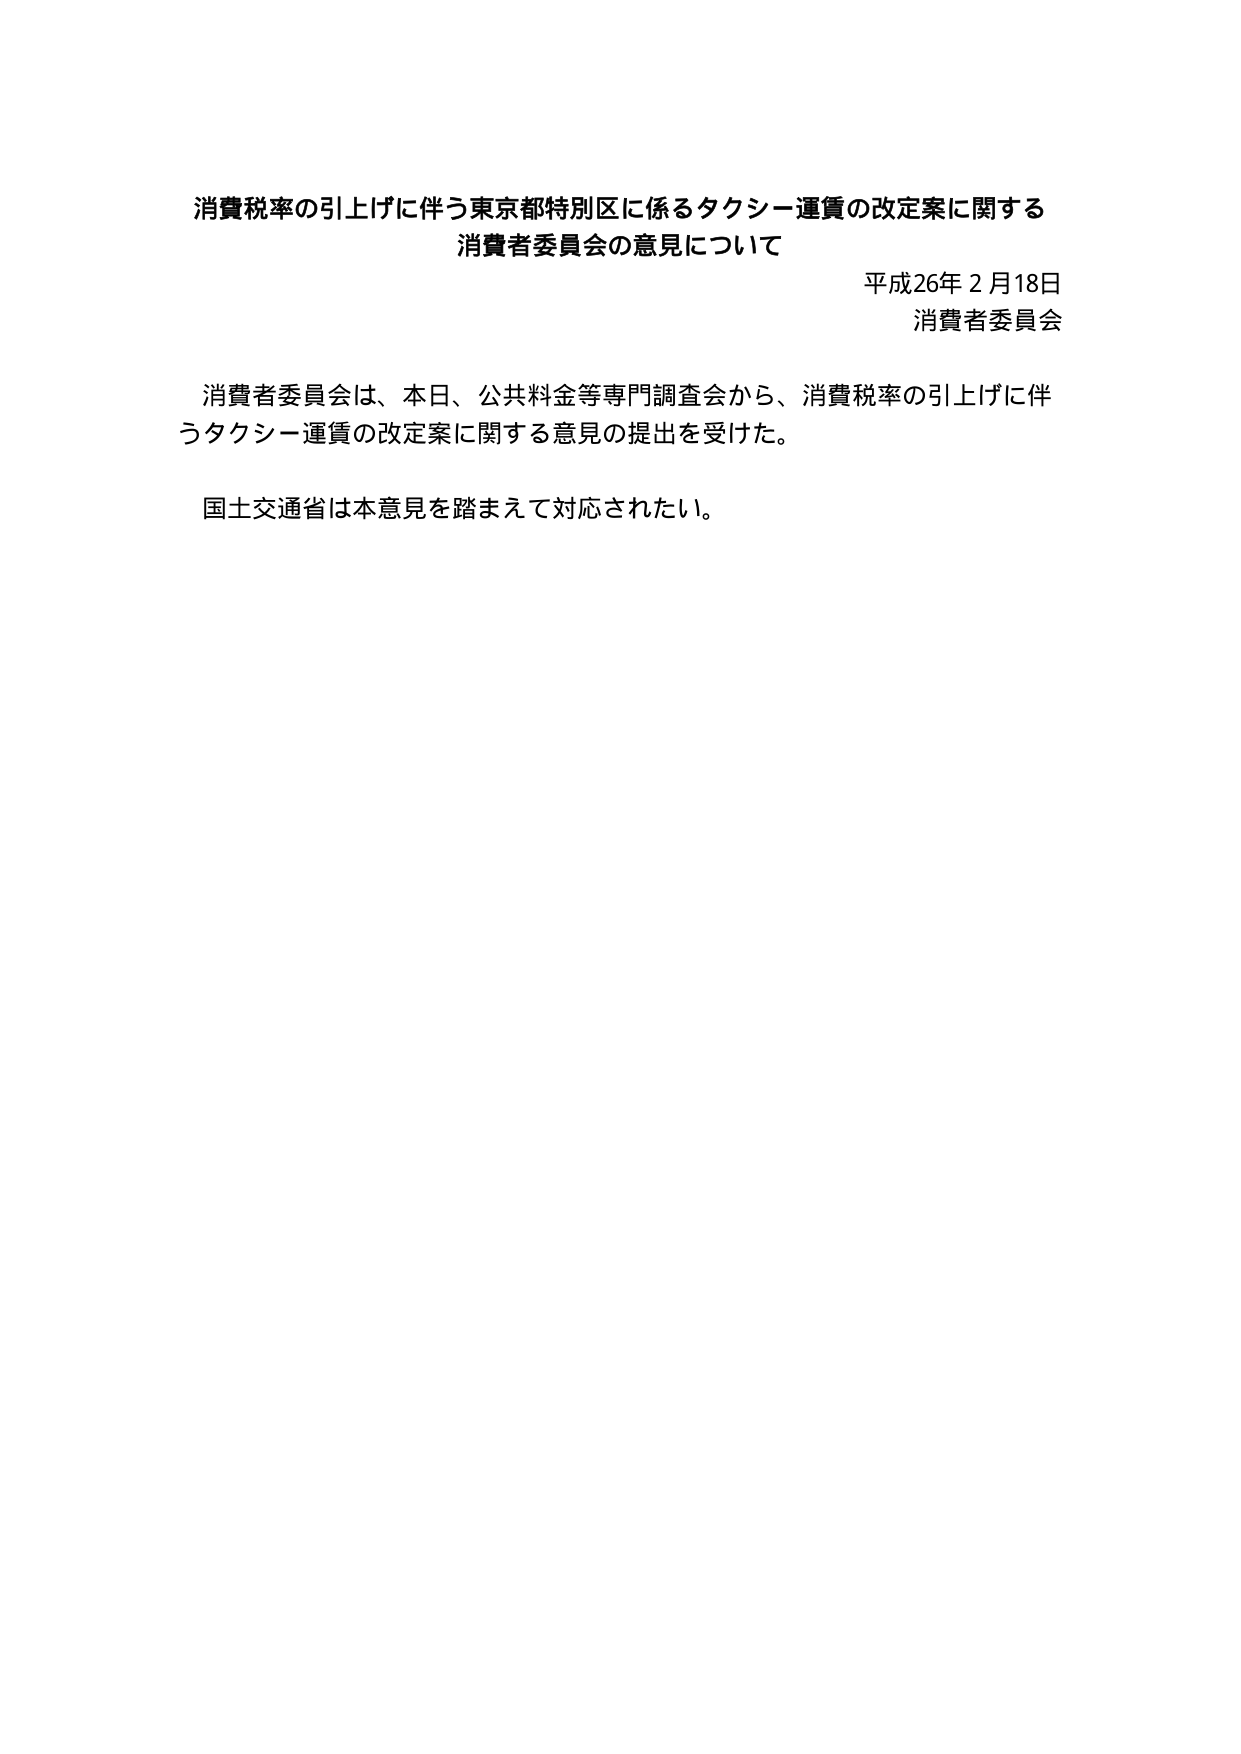
消費税率の引上げに伴う東京都特別区に係るタクシー運賃の改定案に関する
消費者委員会の意見について

平成26年2月18日
消費者委員会

消費者委員会は、本日、公共料金等専門調査会から、消費税率の引上げに伴うタクシー運賃の改定案に関する意見の提出を受けた。

国土交通省は本意見を踏まえて対応されたい。